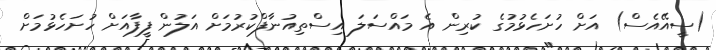
(ސީއޭއެސް) އަށް ހުށަހެޅުމުގެ ކުރިން އެ މައްސަލަ އިސްތިއުނާފްކުރުމަށް އަލުން ފީފާއަށް ހުށަހެޅުމަށް